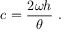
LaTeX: c = { \frac { 2 \omega h } { \theta } } \ .